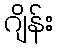
ဂျိန်း